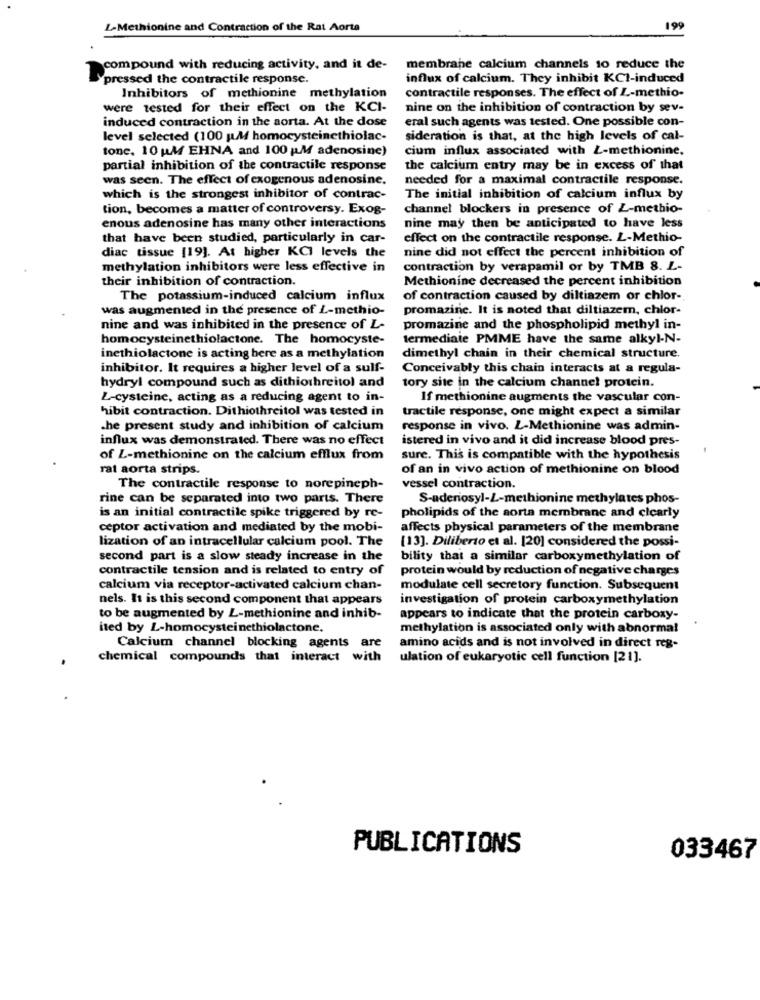
L-Methionine and Contraction of the Rat Aorta
199
compound with reducing activity, and it de-
membrane calcium channels 10 reduce the
pressed the contractile response.
influx of calcium. They inhibit KCI-induced
contractile responses. The effect of L-methio-
Inhibitors of methionine methylation
were tested for their effect on the KCI-
nine on the inhibition of contraction by sev-
induced contraction in the aorta. At the dose
eral such agents was tested. One possible con-
level selected (100 Ml homocysteinethiolac-
sideration is that, at the high levels of cal-
tone. 10 UM EHNA and 100 M adenosine)
cium influx associated with L-methionine.
partial inhibition of the contractile response
the calcium entry may be in excess of that
was seen. The effect of exogenous adenosine.
needed for a maximal contractile response.
which is the strongest inhibitor of contrac-
The initial inhibition of calcium influx by
tion, becomes a matter of controversy. Exog-
channel blockers in presence of Z-methio-
enous adenosine has many other interactions
nine may then be anticipated to have less
that have been studied, particularly in car-
effect on the contractile response. L-Methio-
nine did not effect the percent inhibition of
diac tissue [19]. At higher KCI levels the
methylation inhibitors were less effective in
contraction by verapamil or by TMB 8. L-
their inhibition of contraction.
Methionine decreased the percent inhibition
The potassium-induced calcium influx
of contraction caused by diltiazem or chlor-
was augmented in the presence of L-methio-
promazine. It is noted that diltiazem, chlor-
nine and was inhibited in the presence of L-
promazine and the phospholipid methyl in-
homocysteinethiolactone. The homocyste-
termediate PMME have the same alkyl-N-
inethiolactone is acting bere as a methylation
dimethyl chain in their chemical structure.
inhibitor. It requires a higher level of a sulf-
Conceivably this chain interacts at a regula-
hydryl compound such as dithiothreitol and
tory site in the calcium channel protein.
L-cysteine, acting as a reducing agent to in-
If methionine augments the vascular con-
hibit contraction. Dithiothreitol was tested in
tractile response, one might expect a similar
che present study and inhibition of calcium
response in vivo. L-Methionine was admin-
influx was demonstrated. There was no effect
istered in vivo and it did increase blood pres-
of L-methionine on the calcium efflux from
sure. This is compatible with the hypothesis
rat aorta strips.
of an in vivo action of methionine on blood
The contractile response to norepineph-
vessel contraction.
rine can be separated into two parts. There
S-aderiosyl-L-methionine methylates phos-
is an initial contractile spike triggered by re-
pholipids of the aorta membrane and clearly
ceptor activation and mediated by the mobi-
affects physical parameters of the membrane
lization of an intracellular calcium pool. The
[13]. Diliberto et al. [20] considered the possi-
second part is a slow steady increase in the
bility that a similar carboxymethylation of
contractile tension and is related to entry of
protein would by reduction of negative charges
calcium via receptor-activated calcium chan-
modulate cell secretory function. Subsequent
nels. It is this second component that appears
investigation of protein carboxymethylation
to be augmented by L-methionine and inhib-
appears to indicate that the protein carboxy-
ited by L-homocysteinethiolactone.
methylation is associated only with abnormal
Calcium channel blocking agents are
amino acids and is not involved in direct reg-
chemical compounds that interact with
ulation of eukaryotic cell function [21].
PUBLICATIONS
033467